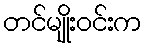
တင်မျိုးဝင်းက